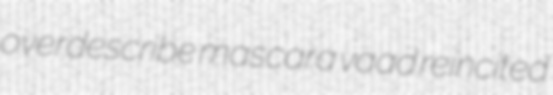
overdescribe mascara vaad reincited